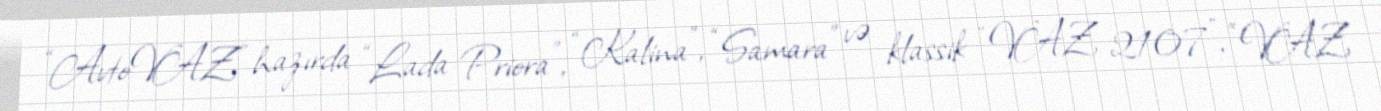
“AvtoVAZ” hazırda “Lada Priora”, “Kalina”, “Samara” və klassik “VAZ 2107”, “VAZ